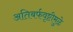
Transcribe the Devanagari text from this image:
अतिबर्फवृष्टीमुळे